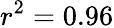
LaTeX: r^{2}=0.96